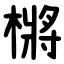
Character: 㯍